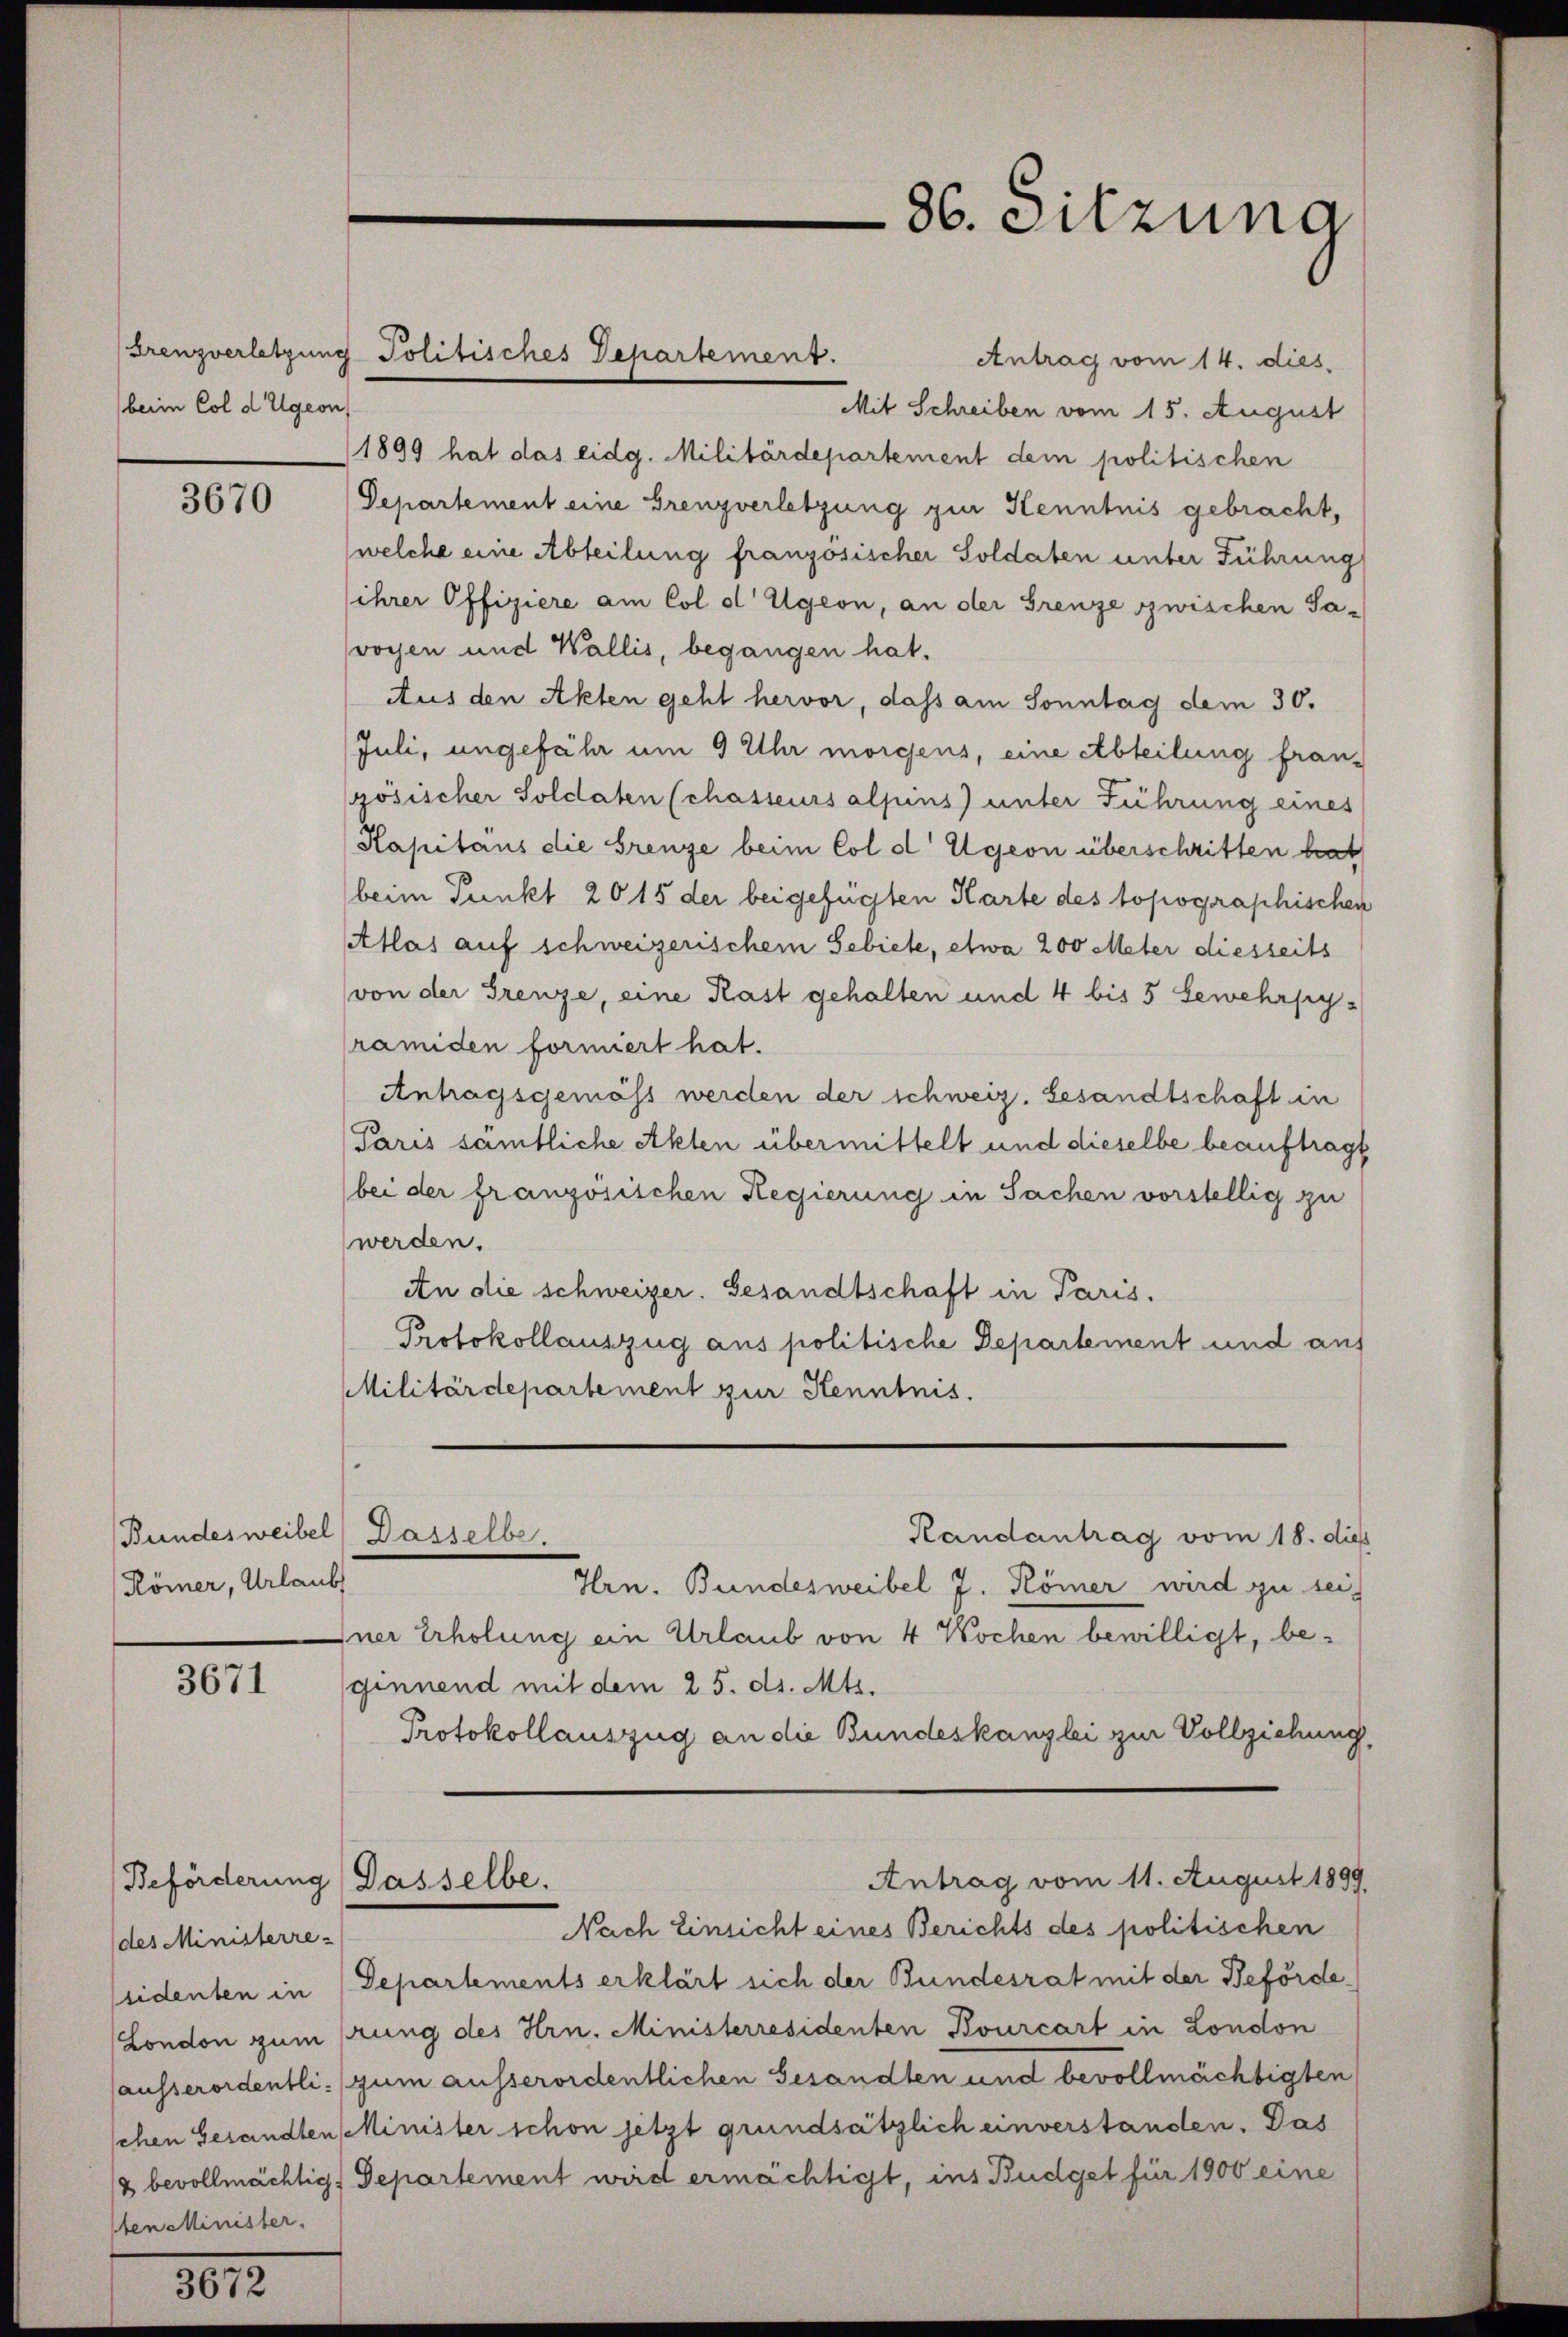
beim Col d Ugeon

3670

Römer, Urlaub

3671

Beförderung
(des Ministerre-
1ten Minister,

0

Bundesweibel) Dasselbe.

Antrag vom 14. dies
Mit Schreiben vom 15. August
1899 hat das eidg. Militärdepartement dem politischen
Departement eine Grenzverletzung gin Kenntnis gebracht,
(welche eine Abteilung französischer Soldaten unter Führung
sihrer Offiziere am Col d Ugeon, an der Grenze zwischen Savoyen und Wallis, begangen hat.
Aus den Akten geht hervor, dass am Sonntag dem 30.
Juli, ungefähr um 9 Uhr morgens, eine Abteilung fran-
zösischer Soldaten (chasseurs alpins) unter Führung eines
Kapitäns die Grenze beim Col d Ugeon überschritten brat
beim Punkt 20 15 der beigefügten Karte des topographischen
Atlas auf schweizerischem Gebiete, etwa 200 Meter diesseits
von der Grenze, eine Rast gehalten und 4 bis 5 Gewehrpyramiden formiert hat.
Antragsgemäss werden der schweiz. Gesandtschaft in
Paris samtliche Akten übermittelt und dieselbe beauftragt
(bei der französischen Regierung in Sachen vorstellig zu
werden.
An die schweizer. Gesandtschaft in Paris.
Protokollauszug aus politische Departement und auf
Militärdepartement zur Kenntnis.

Grenzverletzung Politisches Departement.

Randantrag vom 18. dieß
Hrn. Bundesweibel J. Römer wird zu sei
Iner Erholung ein Urlaub von 4 Wochen bewilligt, beginnend mit dem 25. ds. Mts.
Protokollauszug an die Bundeskanzlei zur Vollziehung,
Antrag vom 11. August 1899
Dasselbe.
Nach Einsicht eines Berichts des politischen
sidenten in (Departements erklärt sich der Bundesrat mit der Beförde,
(London zum rung des Hrn. Ministerresidenten Bourcart in London
(ausserordentli- (gum ausserordentlichen Gesandten und bevollmächtigten
schen Gesandten Minister schon jetzt grundsätzlich einverstanden. Das
/3 bevollmächtig. Separtement wird ermächtigt, ins Budget für 1900 eine

86. Sitzung